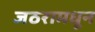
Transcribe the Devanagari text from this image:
जठरामधून